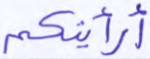
أرأيتكم